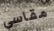
مقاسي